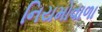
નિયમોવાળા